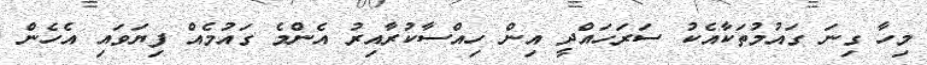
މިހާ ގިނަ ގައުމުތަކާއެކު ސަރަހައްދީ އިން ހިއްސާކުރާއިރު އެންމެ ގައުމެއް ފިޔަވައި އެހެން